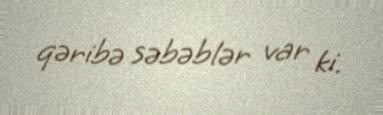
qəribə səbəblər var ki.